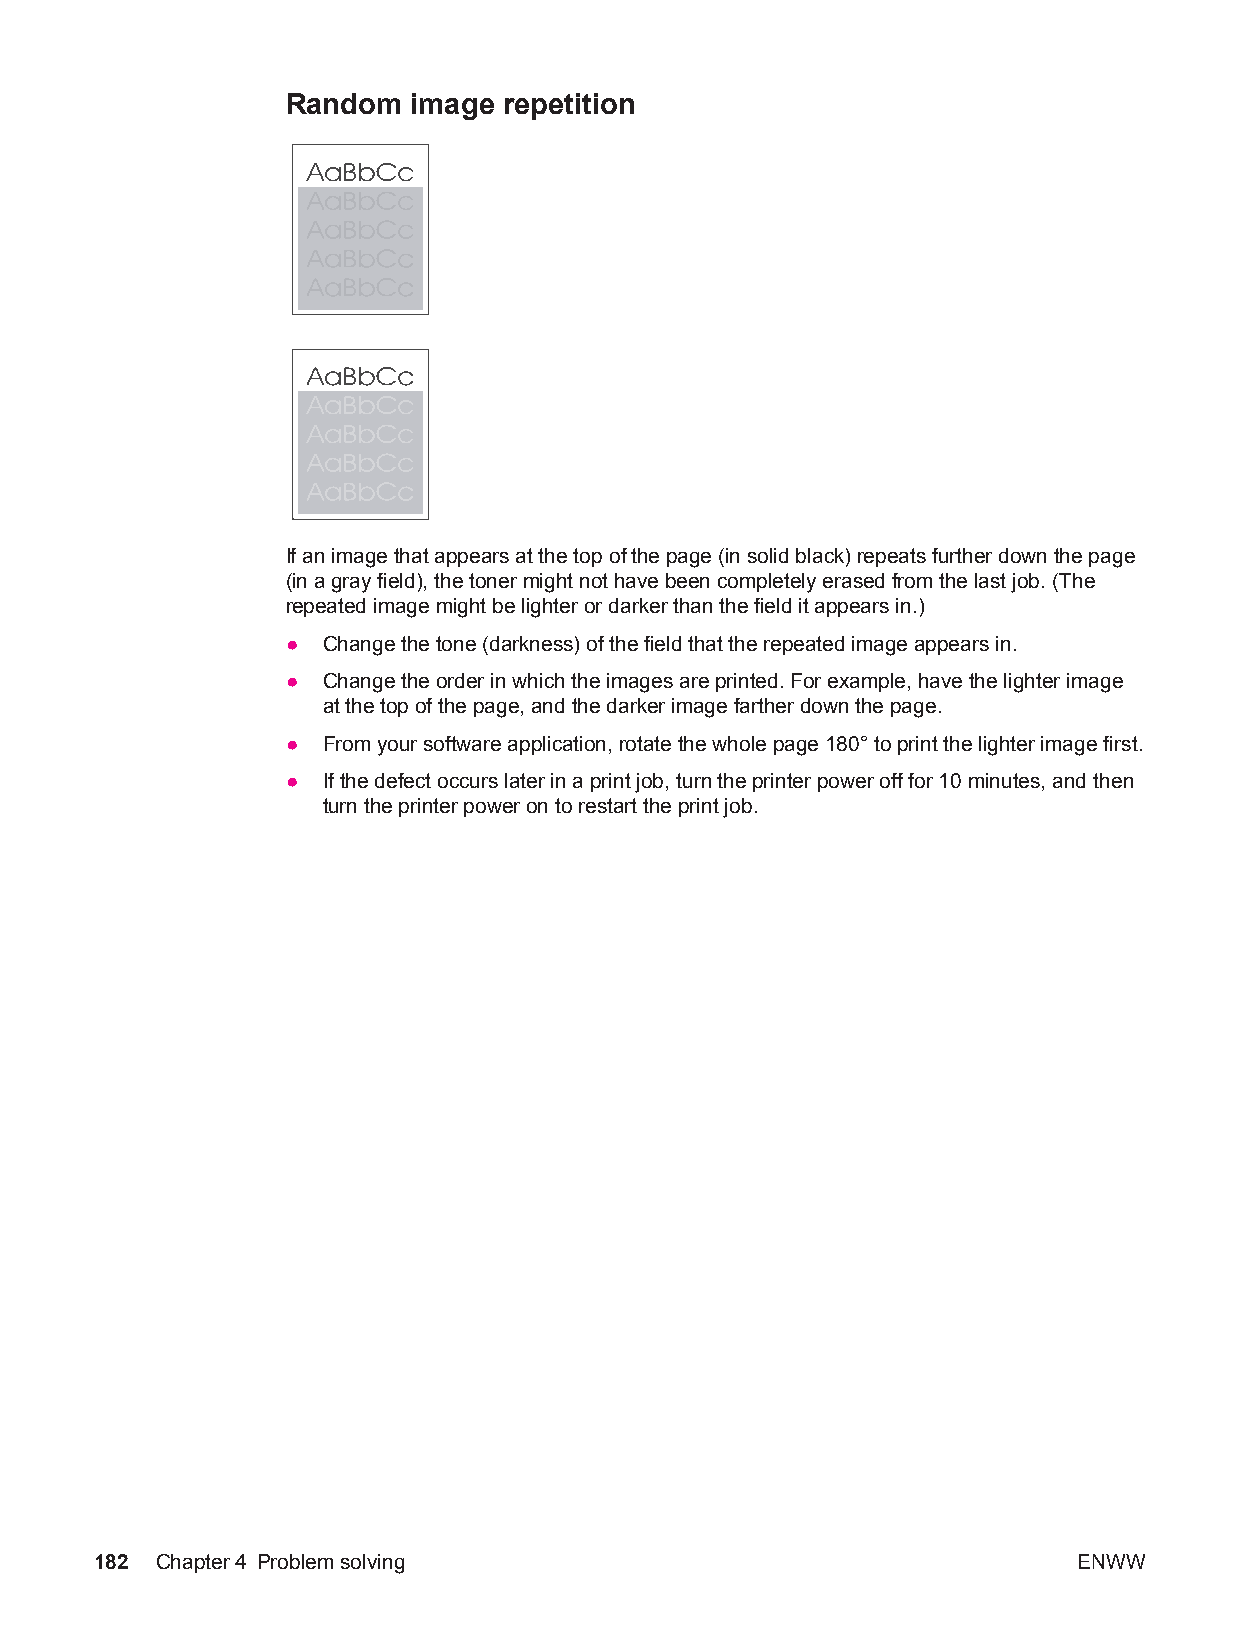
Random  image repetition
 If an image that appears at the top of the page (in solid black) repeats further down the page
 (in a gray field), the toner might not have been completely erased from the last job. (The
 repeated image might be lighter or darker than the field it appears in.)
 ● Change the tone (darkness) of the field that the repeated image appears in.
 ● Change the order in which the images are printed. For example, have the lighter image
 at the top of the page, and the darker image farther down the page.
 ● From your software application, rotate the whole page 180° to print the lighter image first.
 ● If the defect occurs later in a print job, turn the printer power off for 10 minutes, and then
 turn the printer power on to restart the print job.
 182 Chapter4 Problem solving                                     ENWW